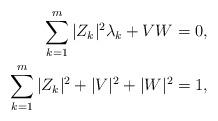
LaTeX: \begin{align*} \sum_{k=1}^{m}|Z_{k}|^{2}\lambda_{k} + V W &= 0, \\ \sum_{k=1}^{m}|Z_{k}|^{2} + |V|^{2} + |W|^{2} &= 1,\end{align*}